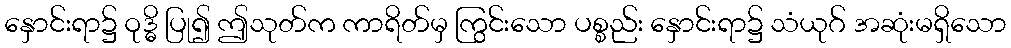
နှောင်းရာ၌ ဝုဒ္ဓိ ပြု၍ ဤသုတ်က ကာရိတ်မှ ကြွင်းသော ပစ္စည်း နှောင်းရာ၌ သံယုဂ် အဆုံးမရှိသော